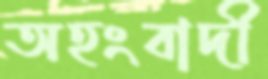
অহংবাদী